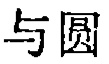
与圆